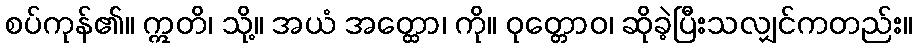
စပ်ကုန်၏။ ဣတိ၊ သို့။ အယံ အတ္ထော၊ ကို။ ဝုတ္တောဝ၊ ဆိုခဲ့ပြီးသလျှင်ကတည်း။